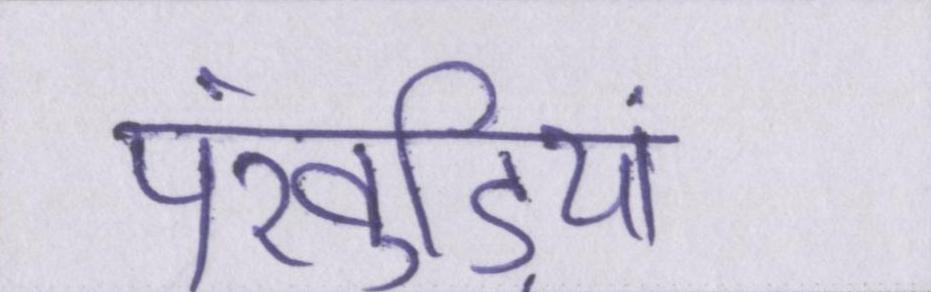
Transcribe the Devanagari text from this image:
पंखुड़ियां